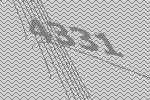
4331